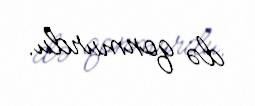
də qonmurdu.